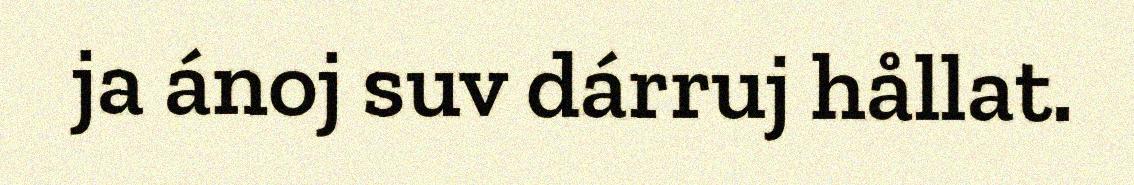
ja ánoj suv dárruj hållat.